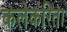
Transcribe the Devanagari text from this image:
कलेकरिता